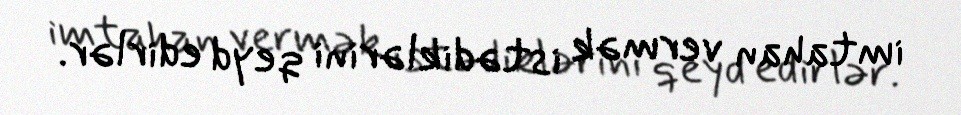
imtahan vermək istədiklərini qeyd edirlər.